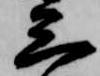
三